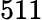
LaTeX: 511